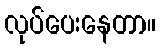
လုပ်ပေးနေတာ။